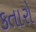
કતારો